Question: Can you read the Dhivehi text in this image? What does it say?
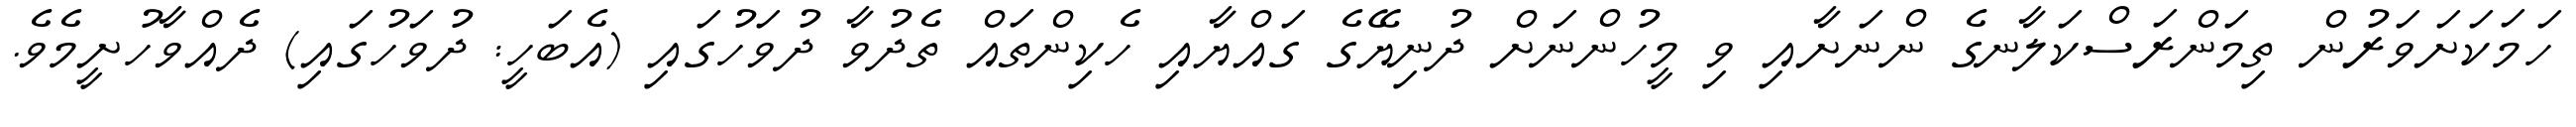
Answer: ހަމަކަށަވަރުން ތިމަންރަސްކަލާނގެ ންނަށާއި ވި މީހުންނަށް ދުނިޔޭގެ ގައްޔާއި ހެކިންތައް ތެދުވާ ދުވަހުގައި (އެބަހީ: ދުވަހުގައި) ދެއްވާހުށީމެވެ.